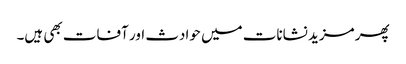
پھر مزید نشانات میں حوادث اور آفات بھی ہیں۔